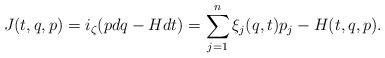
LaTeX: \begin{align*}J(t,q,p)=i_\zeta(pdq-Hdt)=\sum_{j=1}^n \xi_j(q,t)p_j-H(t,q,p).\end{align*}